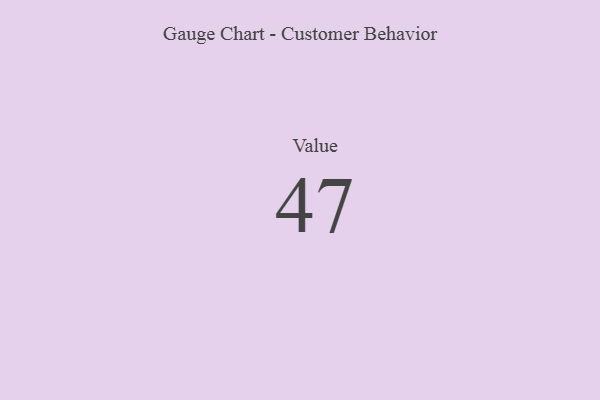
{"axis": {"x": "Metric", "y": "Value"}, "legend": [""], "data": [{"x": "Value", "y": 47, "type": ""}]}